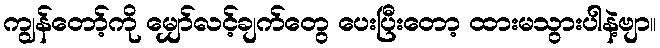
ကျွန်တော့်ကို မျှော်လင့်ချက်တွေ ပေးပြီးတော့ ထားမသွားပါနဲ့ဗျာ။